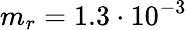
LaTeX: m_{r}=1.3\cdot 10^{-3}